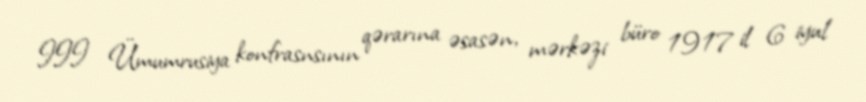
III Ümumrusiya konfrasnsının qərarına əsasən, mərkəzi büro 1917 il 6 iyul